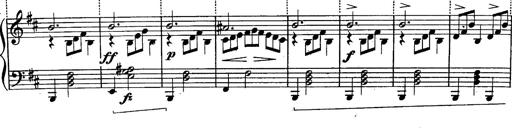
Title: Schubert's Impromptus [revised and edited by Franz Liszt]
Composer: Franz Liszt